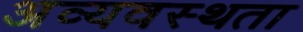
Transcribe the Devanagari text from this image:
अव्यवस्थता